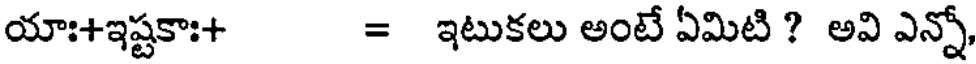
యాః+ఇష్టకాః+ = ఇటుకలు అంటే ఏమిటి ? అవి ఎన్నో,